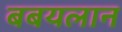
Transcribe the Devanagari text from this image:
बबयलान